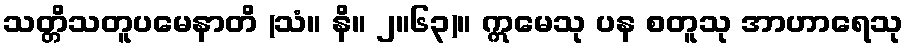
သတ္တိသတူပမေနာတိ (သံ။ နိ။ ၂။၆၃)။ ဣမေသု ပန စတူသု အာဟာရေသု